Document type: Sale
Year: 1326
Scribe: Bartomeu Marc
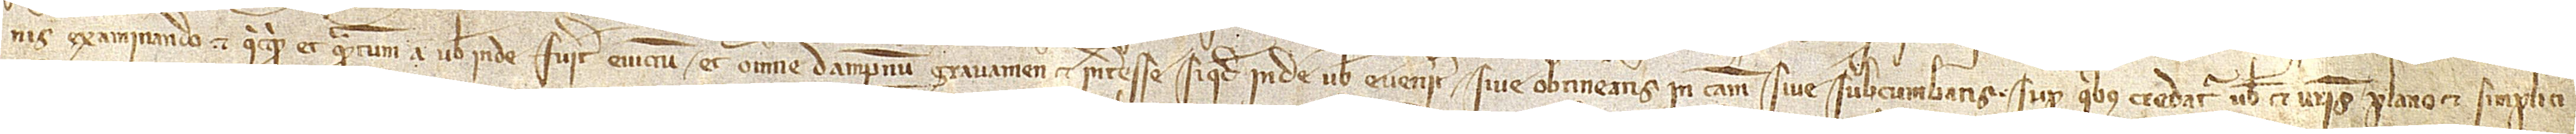
nis examinando, et quicquid et quantum a vobis inde fuerit evictum, et omne dampnum, gravamen et interesse siquid inde vobis evenerit sive obtineatis in causam sive subcumbatis. Super quibus credatur vobis et vestris plano et simplici